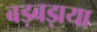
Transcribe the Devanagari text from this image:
बड़बड़ाया